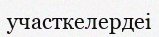
участкелердеі